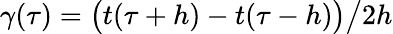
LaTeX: \gamma(\tau)=\bigl(t(\tau+h)-t(\tau-h)\bigr)\big/2h